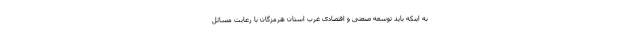
به اینکه باید توسعه صنعتی و اقتصادی غرب استان هرمزگان با رعایت مسائل